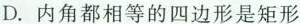
D.内角都相等的四边形是矩形